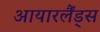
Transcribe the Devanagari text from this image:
आयारर्लैंड्स